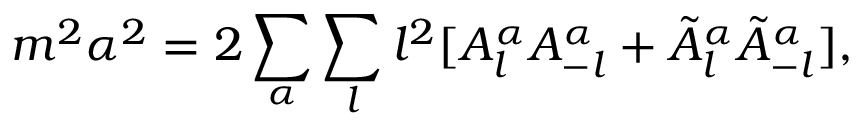
m ^ { 2 } \alpha ^ { 2 } = 2 \sum _ { \alpha } \sum _ { l } l ^ { 2 } [ A _ { l } ^ { \alpha } A _ { - l } ^ { \alpha } + \tilde { A } _ { l } ^ { \alpha } \tilde { A } _ { - l } ^ { \alpha } ] ,